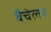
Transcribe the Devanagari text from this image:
बैचेलर